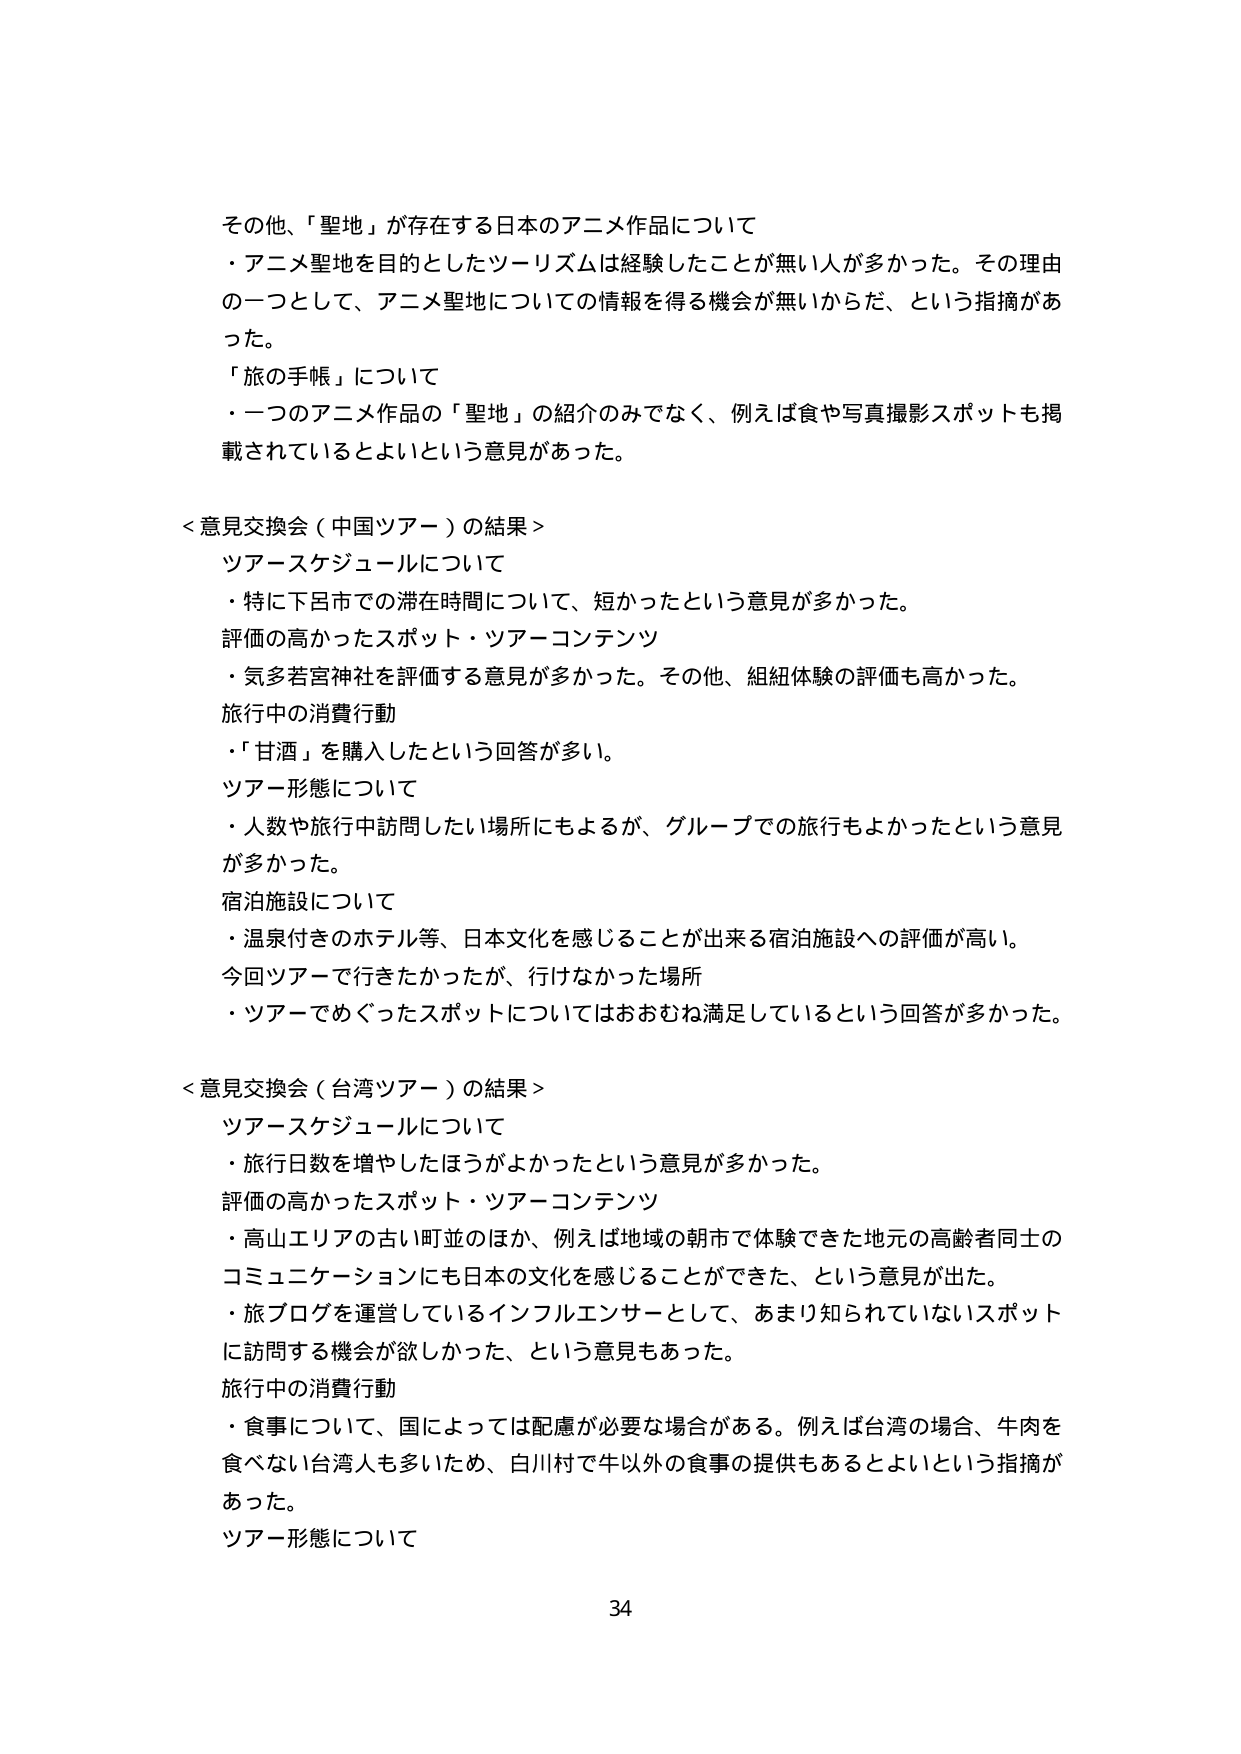
その他、「聖地」が存在する日本のアニメ作品について
・アニメ聖地を目的としたツーリズムは経験したことが無い人が多かった。その理由の一つとして、アニメ聖地についての情報を得る機会が無いからだ、という指摘があった。
「旅の手帳」について
・一つのアニメ作品の「聖地」の紹介のみでなく、例えば食や写真撮影スポットも掲載されているとよいという意見があった。

＜意見交換会（中国ツアー）の結果＞
ツアースケジュールについて
・特に下呂市での滞在時間について、短かったという意見が多かった。
評価の高かったスポット・ツアーコンテンツ
・気多若宮神社を評価する意見が多かった。その他、組紐体験の評価も高かった。
旅行中の消費行動
・「甘酒」を購入したという回答が多い。
ツアー形態について
・人数や旅行中訪問したい場所にもよるが、グループでの旅行もよかったという意見が多かった。
宿泊施設について
・温泉付きのホテル等、日本文化を感じることが出来る宿泊施設への評価が高い。
今回ツアーで行きたかったが、行けなかった場所
・ツアーでめぐったスポットについてはおおむね満足しているという回答が多かった。

＜意見交換会（台湾ツアー）の結果＞
ツアースケジュールについて
・旅行日数を増やしたほうがよかったという意見が多かった。
評価の高かったスポット・ツアーコンテンツ
・高山エリアの古い町並のほか、例えば地域の朝市で体験できた地元の高齢者同士のコミュニケーションにも日本の文化を感じることができた、という意見が出た。
・旅ブログを運営しているインフルエンサーとして、あまり知られていないスポットに訪問する機会が欲しかった、という意見もあった。
旅行中の消費行動
・食事について、国によっては配慮が必要な場合がある。例えば台湾の場合、牛肉を食べない台湾人も多いため、白川村で牛以外の食事の提供もあるとよいという指摘があった。
ツアー形態について

34